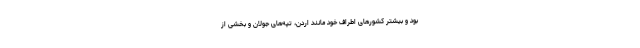
بود و بیشتر کشورهای اطراف خود مانند اردن، تپه‌های جولان و بخشی از